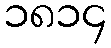
၁၈၁၄